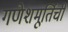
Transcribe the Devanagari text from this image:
गणेशमूर्तिची